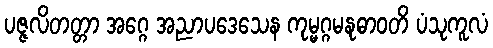
ပဇ္ဇလိတတ္တာ အဂ္ဂေ အညာပဒေသေန ကုမ္မဂ္ဂမနုဓာဝတိ ပံသုကူလံ